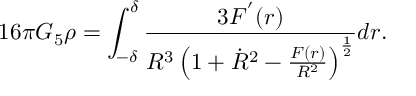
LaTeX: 1 6 \pi G _ { 5 } \rho = \int _ { - \delta } ^ { \delta } \frac { 3 F ^ { ' } ( r ) } { R ^ { 3 } \left( 1 + \dot { R } ^ { 2 } - \frac { F ( r ) } { R ^ { 2 } } \right) ^ { \frac { 1 } { 2 } } } d r .